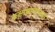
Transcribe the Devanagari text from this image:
कक्षाभ्रमणाच्या